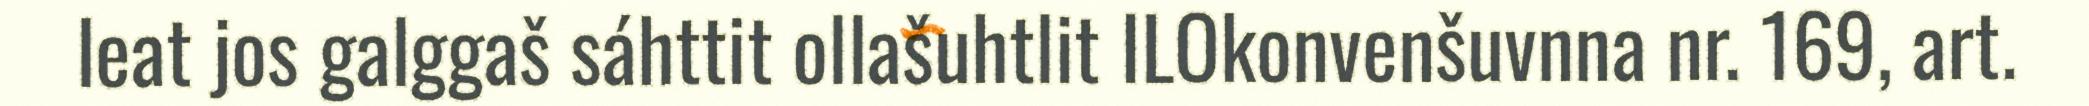
leat jos galggaš sáhttit ollašuhtlit ILOkonvenšuvnna nr. 169, art.